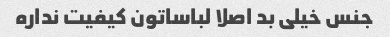
جنس خیلی بد اصلا لباساتون کیفیت نداره